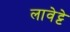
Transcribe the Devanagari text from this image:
लावेट्टे